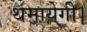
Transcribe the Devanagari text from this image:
थमायेगी।